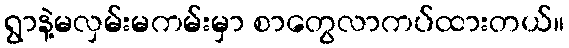
ရွာနဲ့မလှမ်းမကမ်းမှာ စာတွေလာကပ်ထားတယ်။